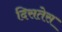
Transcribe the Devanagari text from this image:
दिसतेस